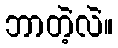
ဘာတဲ့လဲ။